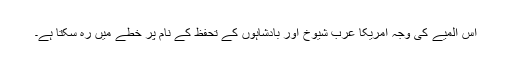
اس المیے کی وجہ امریکا عرب شیوخ اور بادشاہوں کے تحفظ کے نام پر خطے میں رہ سکتا ہے۔